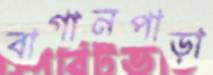
বাগানপাড়া